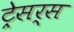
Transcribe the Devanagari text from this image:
ट्रेसर्स